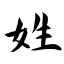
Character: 姓